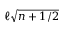
\ell \sqrt { n + 1 / 2 }